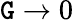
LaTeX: \mathtt{G}\to0